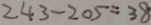
2 4 3 - 2 0 5 = 3 8